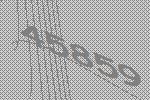
45859